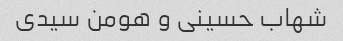
شهاب حسینی و هومن سیدی